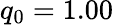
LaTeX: q_{0}=1.00